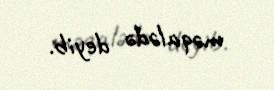
məqalədə deyib.